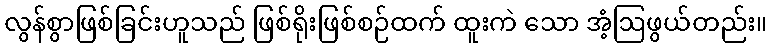
လွန်စွာဖြစ်ခြင်းဟူသည် ဖြစ်ရိုးဖြစ်စဉ်ထက် ထူးကဲ သော အံ့ဩဖွယ်တည်း။